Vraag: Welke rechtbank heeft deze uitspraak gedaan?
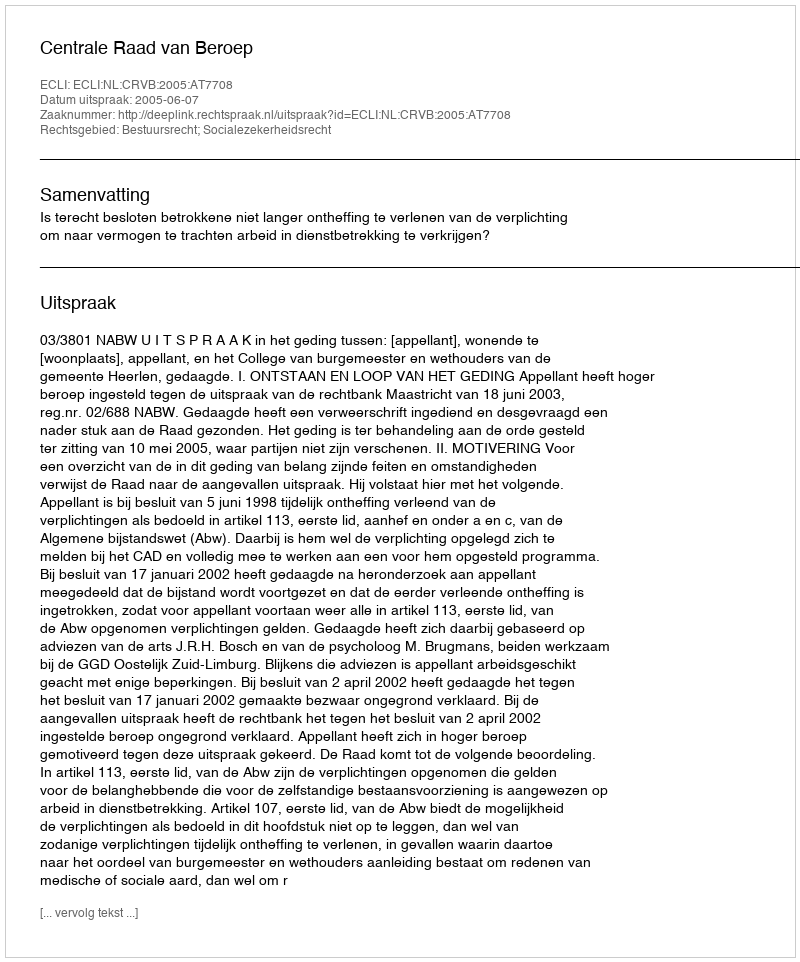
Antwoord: Centrale Raad van Beroep